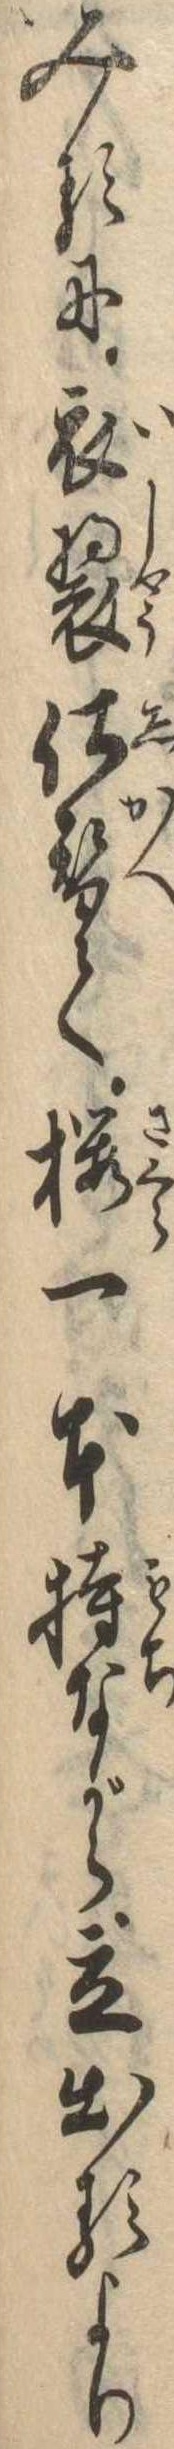
みるに衣装仕替て桜一本持ながら立出るより